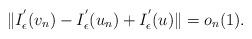
LaTeX: \begin{align*}\Vert I^{'}_{\epsilon}(v_{n}) - I^{'}_{\epsilon}(u_{n}) + I^{'}_{\epsilon}(u)\Vert = o_{n}(1).\end{align*}